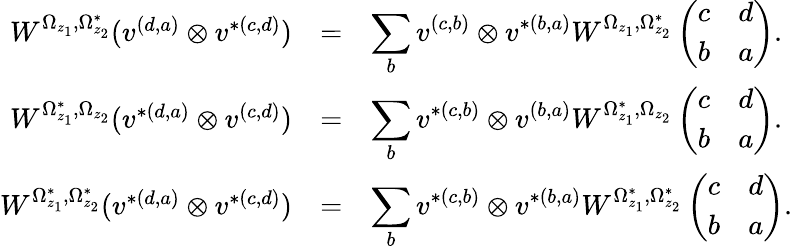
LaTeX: \begin{array}{rcl}{{W^{\Omega_{z_{1}},\Omega_{z_{2}}^{*}}(v^{(d,a)}\otimes v^{*(c,d)})}}&{{=}}&{{\displaystyle\sum_{b}v^{(c,b)}\otimes v^{*(b,a)}W^{\Omega_{z_{1}},\Omega_{z_{2}}^{*}}\left(\begin{array}{cc}{{c}}&{{d}}\\ {{b}}&{{a}}\end{array}\right).}}\\ {{W^{\Omega_{z_{1}}^{*},\Omega_{z_{2}}}(v^{*(d,a)}\otimes v^{(c,d)})}}&{{=}}&{{\displaystyle\sum_{b}v^{*(c,b)}\otimes v^{(b,a)}W^{\Omega_{z_{1}}^{*},\Omega_{z_{2}}}\left(\begin{array}{cc}{{c}}&{{d}}\\ {{b}}&{{a}}\end{array}\right).}}\\ {{W^{\Omega_{z_{1}}^{*},\Omega_{z_{2}}^{*}}(v^{*(d,a)}\otimes v^{*(c,d)})}}&{{=}}&{{\displaystyle\sum_{b}v^{*(c,b)}\otimes v^{*(b,a)}W^{\Omega_{z_{1}}^{*},\Omega_{z_{2}}^{*}}\left(\begin{array}{cc}{{c}}&{{d}}\\ {{b}}&{{a}}\end{array}\right).}}\end{array}